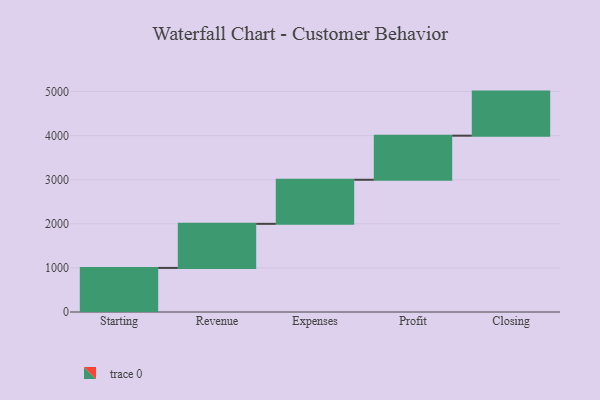
{"axis": {"x": "Step", "y": "Value"}, "legend": [""], "data": [{"x": "Starting", "y": 1000, "type": ""}, {"x": "Revenue", "y": 1000, "type": ""}, {"x": "Expenses", "y": 1000, "type": ""}, {"x": "Profit", "y": 1000, "type": ""}, {"x": "Closing", "y": 1000, "type": ""}]}